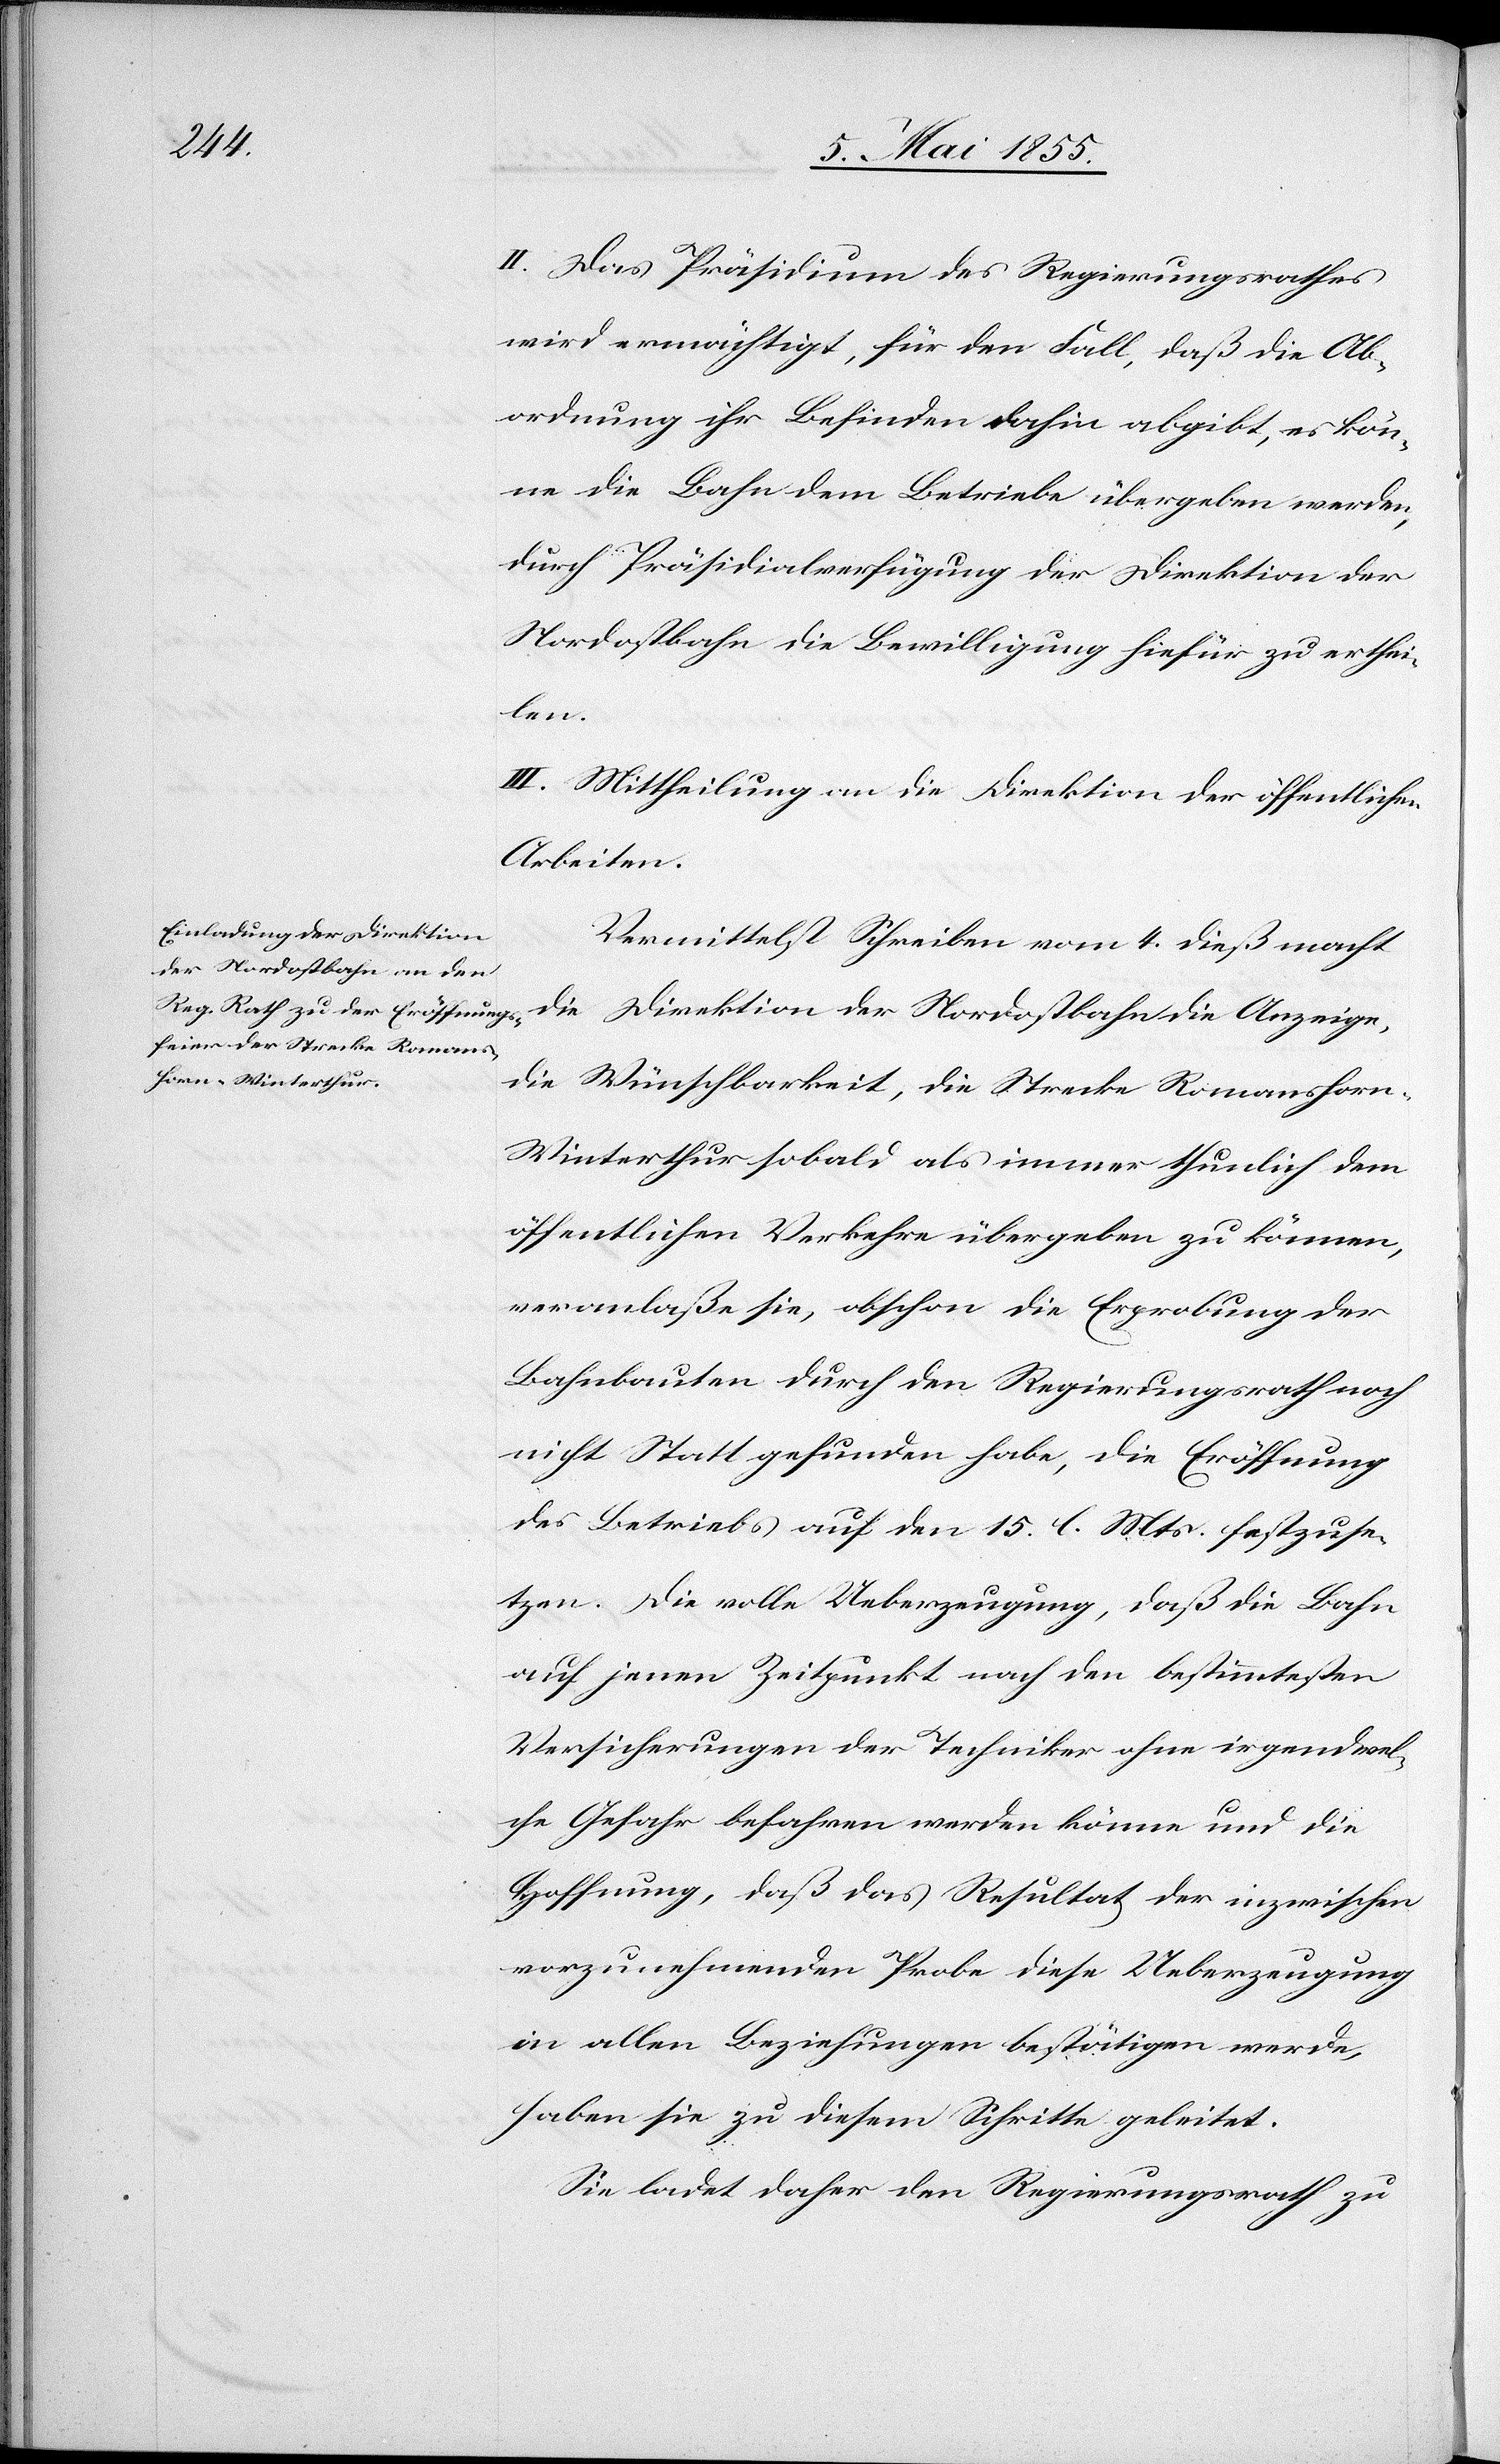
II. Das Präsidium des Regierungsrathes
wird ermächtigt, für den Fall, daß die Ab¬
ordnung ihr Befinden dahin abgibt, es kön¬
ne die Bahn dem Betriebe übergeben werden,
durch Präsidialverfügung der Direktion der
Nordostbahn die Bewilligung hiefür zu erthei¬
len.
III. Mittheilung an die Direktion der öffentlichen
Arbeiten.
Vermittelst Schreiben vom 4. dieß macht
die Direktion der Nordostbahn die Anzeige,
die Wünschbarkeit, die Strecke Romanshor¬
n–Winterthur sobald als immer thunlich dem
öffentlichen Verkehre übergeben zu können,
veranlaße sie, obschon die Erprobung der
Bahnbauten durch den Regierungsrath noch
nicht Statt gefunden habe, die Eröffnung
des Betriebs auf den 15. l. Mts. festzuse¬
tzen. Die volle Ueberzeugung, daß die Bahn
auf jenen Zeitpunkt nach den bestimmtesten
Versicherungen der Techniker ohne irgendwel¬
che Gefahr befahren werden könne und die
Hoffnung, daß das Resultat der inzwischen
vorzunehmenden Probe diese Ueberzeugung
in allen Beziehungen bestätigen werde,
haben sie zu diesem Schritte geleitet.
Sie ladet daher den Regierungsrath zu